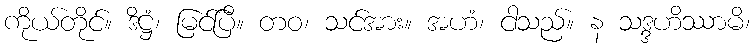
ကိုယ်တိုင်။ ဒိဋ္ဌံ၊ မြင်ပြီ။ တဝ၊ သင်အား။ အဟံ၊ ငါသည်။ န သဒ္ဒဟိဿာမိ၊